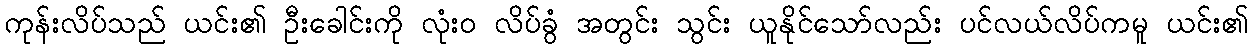
ကုန်းလိပ်သည် ယင်း၏ ဦးခေါင်းကို လုံးဝ လိပ်ခွံ အတွင်း သွင်း ယူနိုင်သော်လည်း ပင်လယ်လိပ်ကမူ ယင်း၏